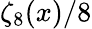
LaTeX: \zeta_{8}(x)/8